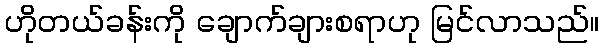
ဟိုတယ်ခန်းကို ချောက်ချားစရာဟု မြင်လာသည်။